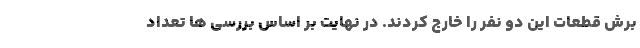
برش قطعات این دو نفر را خارج کردند. در نهایت بر اساس بررسی ها تعداد